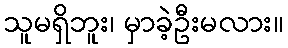
သူမရှိဘူး၊ မှာခဲ့ဦးမလား။